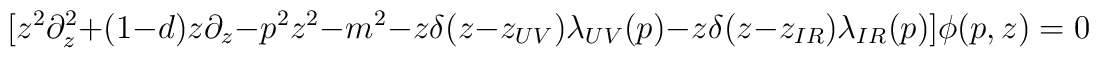
[z^2 \partial_z^2+(1-d)z \partial_z-p^2 z^2 -m^2-z\delta(z-z_{UV}) \lambda_{UV}(p)-z\delta(z-z_{IR})\lambda_{IR}(p)]\phi(p,z)=0